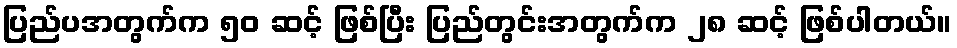
ပြည်ပအတွက်က ၅၀ ဆင့် ဖြစ်ပြီး ပြည်တွင်းအတွက်က ၂၈ ဆင့် ဖြစ်ပါတယ်။